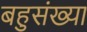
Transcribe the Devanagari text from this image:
बहुसंख्‍या